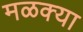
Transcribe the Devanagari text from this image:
मळक्या